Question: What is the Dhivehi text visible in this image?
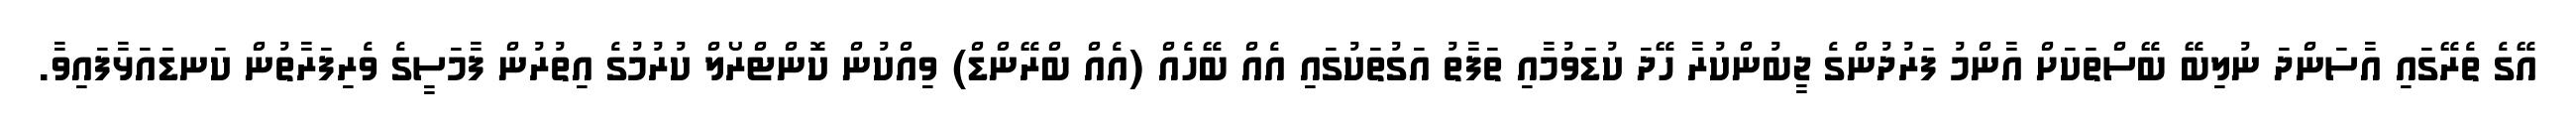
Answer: އޭގެ ތެރޭގައި އާސަންދަ ނުލިބޭ ބޭސްތަކަށް އާންމު ފަރުދުންގެ ޖީބުންކުރާ ހޭދަ ކުޑަވުމާއި ތަފާތު އަގުތަކުގައި އެއް ބޭހެއް (އެއް ބްރޭންޑް) ވިއްކުން ކޮންޓްރޯލް ކުރުމުގެ އިތުރުން ފާމަސީގެ ވެރިފަރާތުން ކަނޑައަޅާފައިވާ.